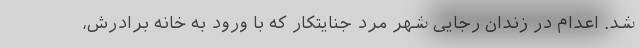
شد. اعدام در زندان رجایی شهر مرد جنایتکار که با ورود به خانه برادرش،